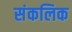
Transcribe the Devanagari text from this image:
संकलिक